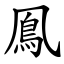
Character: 鳯